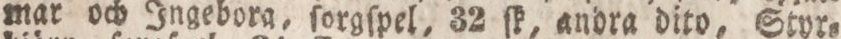
mar och Ingebora, ſorgſpel, 32 ſk, andra dito, Styr=